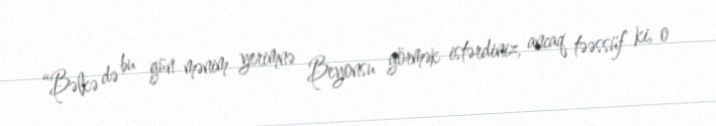
“Bəlkə də bu gün mənim yerimnə Beyonsu görmək istərdiniz, ancaq təəssüf ki, o